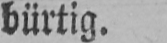
bürtig.